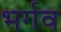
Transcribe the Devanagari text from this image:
भर्गव